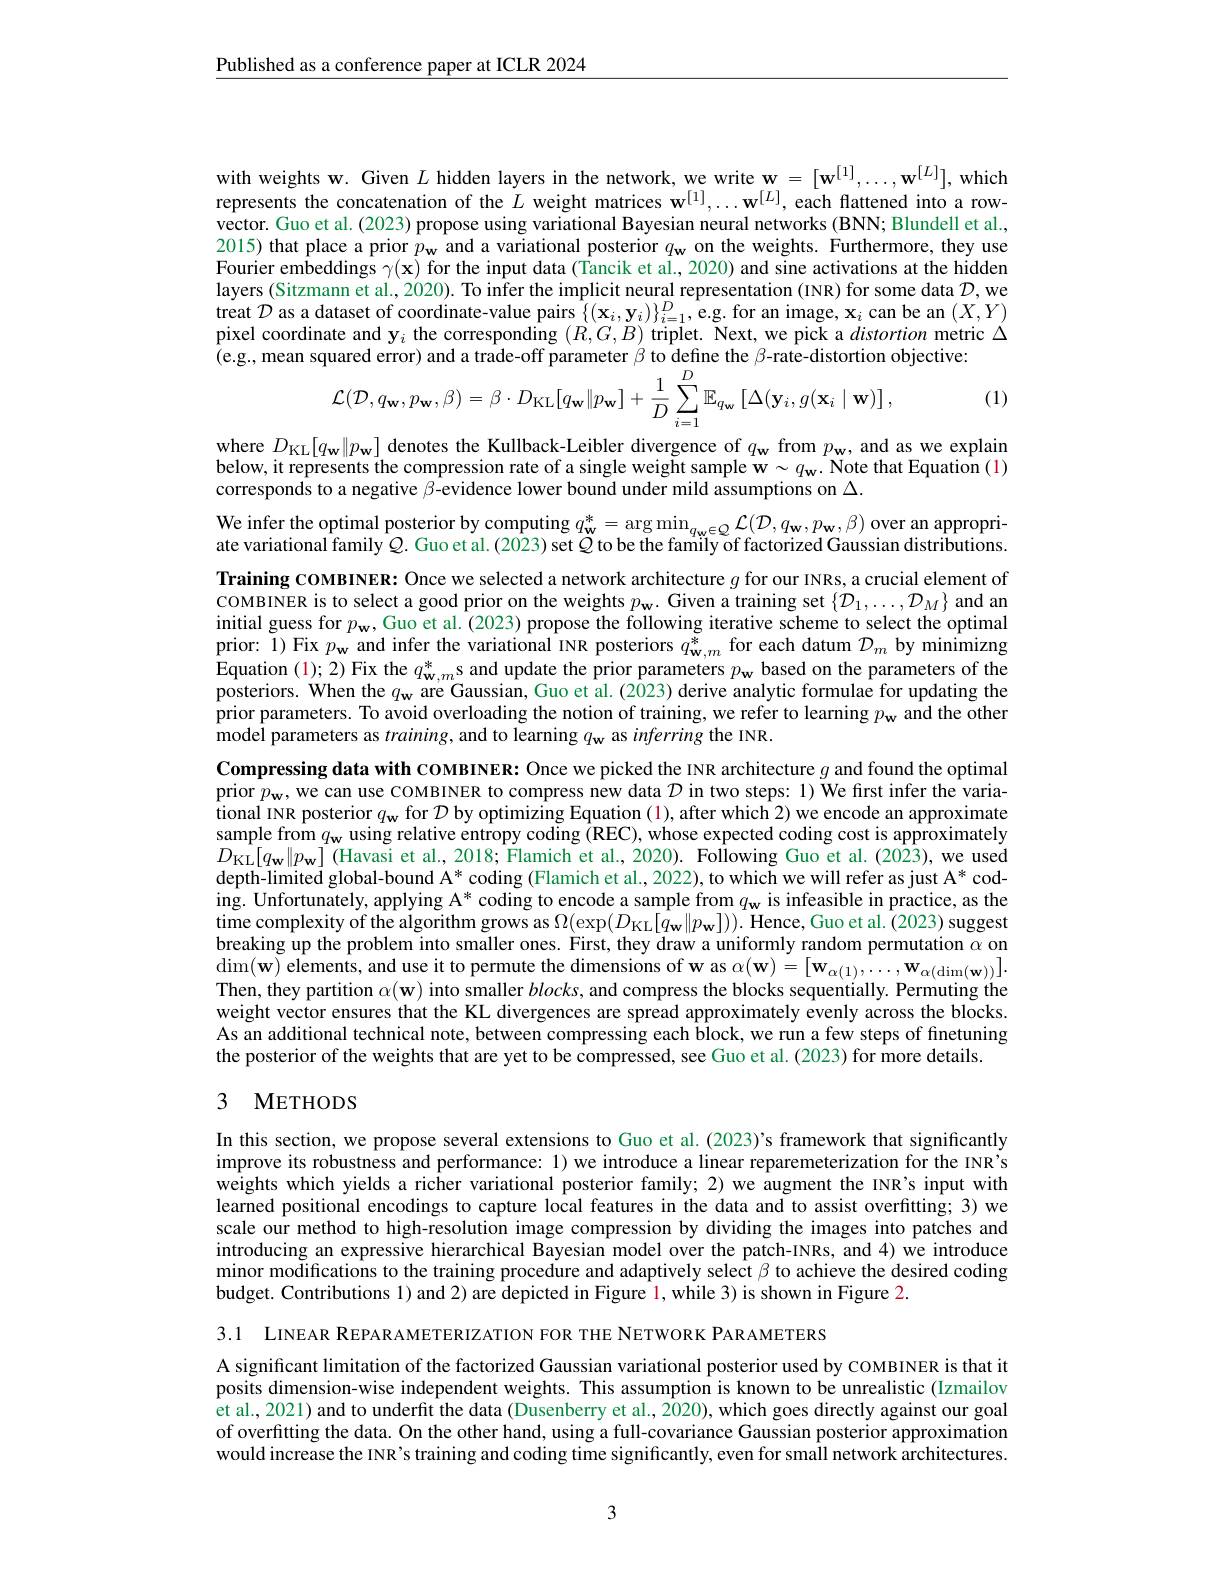
Published as a conference paper at ICLR 2024

with weights w. Given $L$ hidden layers in the network, we write $\mathbf{w}=[\mathbf{w}^{[1]},\ldots,\mathbf{w}^{[L]}]$, which represents the concatenation of the $L$ weight matrices w$^{[1]},\ldots\mathbf{w}^{[L]}$, each flattened into a rowvector. Guo et al. (2023) propose using variational Bayesian neural networks (BNN; Blundell et al., 2015) that place a prior $p_\mathbf{w}$ and a variational posterior $q_\mathbf{w}$ on the weights. Furthermore, they use Fourier embeddings $\gamma(\mathbf{x})$ for the input data (Tancik et al, 2020) and sine activations at the hidden layers (Sitzmann et al., 2020). To infer the implicit neural representation (INR) for some data $\mathcal{D}$,we treat $\mathcal{D}$ as a dataset of coordinate-value pairs $\{(\mathbf{x}_i,\mathbf{y}_i)\}_{i=1}^D$,e.g.for an image, $\mathbf{x}_i$ can be an $(X,Y)$ pixel coordinate and $\mathbf{y}_i$ the corresponding $(R,G,B)$ triplet. Next, we pick a distortion metric $\Delta$ (e.g., mean squared error) and a trade-off parameter $\beta$ to define the $\beta$-rate-distortion objective:
$$\mathcal{L}(\mathcal{D},q_{\mathbf{w}},p_{\mathbf{w}},\beta)=\beta\cdot D_{\mathrm{KL}}[q_{\mathbf{w}}\|p_{\mathbf{w}}]+\frac{1}{D}\sum_{i=1}^{D}\mathbb{E}_{q_{\mathbf{w}}}\left[\Delta(\mathbf{y}_{i},g(\mathbf{x}_{i}\mid\mathbf{w})\right],$$
(1)

where $D_{\mathrm{KL}}[q_{\mathrm{w}}\|p_{\mathrm{w}}]$ denotes the Kullback-Leibler divergence of $q_{\mathrm{w}}$ from $p_{\mathrm{w}}$, and as we explain below, it represents the compression rate of a single weight sample w $\sim q_\mathbf{w}.$ Note that Equation (1) corresponds to a negative $\beta$-evidence lower bound under mild assumptions on $\Delta.$

We infer the optimal posterior by computing $q_\mathbf{w}^*=\arg\min_{q_\mathbf{w}\in Q}\mathcal{L}(\mathcal{D},q_\mathbf{w},p_\mathbf{w},\beta)$ over an appropriate variational family $Q$. Guo et al. (2023) set $Q$ to be the family of factorized Gaussian distributions Training COMBINER: Once we selected a network architecture $g$ for our INRs, a crucial element of COMBINER is to select a good prior on the weights $p_\mathbf{w}.$ Given a training set $\{\mathcal{D}_1,\ldots,\mathcal{D}_M\}$ and am initial guess for $p_\mathbf{w}$, Guo et al. (2023) propose the following iterative scheme to select the optimal prior: 1) Fix $p_\mathbf{w}$ and infer the variational INR posteriors $q_\mathbf{w}^{*}$ for each datum $\mathcal{D}_m$ by minimizng Equation (1);2) Fix the $q_\mathbf{w}^*$s and update the prior parameters $p_\mathbf{w}$ based on the parameters of the posteriors. When the $q_\mathbf{w}$ are Gaussian, Guo et al.(2023) derive analytic formulae for updating the prior parameters. To avoid overloading the notion of training, we refer to learning $p_\mathbf{w}$ and the other model parameters as $training$, and to learning $q_\mathbf{w}$ as inferring the INR.
Compressing data with COMBINER: Once we picked the INR architecture $g$ and found the optimal prior $p_\mathbf{w}$, we can use CoMBINER to compress new data $\mathcal{D}$ in two steps: 1) We first infer the variational INR posterior $q_\mathbf{w}$ for $\mathcal{D}$ by optimizing Equation (1), after which 2) we encode an approximate sample from $q_\mathbf{w}$ using relative entropy coding (REC), whose expected coding cost is approximately $D_{\mathrm{KL}}[q_{\mathbf{w}}\|p_{\mathbf{w}}]$ (Havasi et al., 2018; Flamich et al., 2020). Following Guo et al. (2023), we used depth-limited global-bound A* coding (Flamich et al., 2022), to which we will refer as just A* coding. Unfortunately, applying A* coding to encode a sample from $q_\mathrm{w}$ is infeasible in practice, as the time complexity of the algorithm grows as $\Omega(\exp(D_{\mathrm{KL}}[\hat{q_{\mathbf{w}}}\|p_{\mathbf{w}}])).$ Hence, Guo et al. (2023) suggest breaking up the problem into smaller ones. First, they draw a uniformly random permutation $\alpha$ on $\dim(\mathbf{w})$ elements, and use it to permute the dimensions of w as $\alpha(\mathbf{w})=[\mathbf{w}_{\alpha(1)},\ldots,\mathbf{w}_{\alpha(\dim(\mathbf{w}))}].$ Then, they partition $\alpha(\mathbf{w})$ into smaller $blocks$, and compress the blocks sequentially. Permuting the weight vector ensures that the KL divergences are spread approximately evenly across the blocks As an additional technical note, between compressing each block, we run a few steps of finetuning the posterior of the weights that are yet to be compressed, see Guo et al. (2023) for more details.

### 3 METHODS

In this section, we propose several extensions to Guo et al.(2023)'s framework that significantly improve its robustness and performance: 1) we introduce a linear reparemeterization for the INR's weights which yields a richer variational posterior family; 2) we augment the INR's input with learned positional encodings to capture local features in the data and to assist overfitting; 3) we scale our method to high-resolution image compression by dividing the images into patches and introducing an expressive hierarchical Bayesian model over the patch-INRs, and 4) we introduce minor modifications to the training procedure and adaptively select $\beta$ to achieve the desired coding budget. Contributions 1) and 2) are depicted in Figure 1, while 3) is shown in Figure 2.

3.1 LINEAR REPARAMETERIZATION FOR THE NETWORK PARAMETERS

A significant limitation of the factorized Gaussian variational posterior used by COMBINER is that it posits dimension-wise independent weights. This assumption is known to be unrealistic (Izmailov et al., 2021) and to underfit the data (Dusenberry et al., 2020), which goes directly against our goal of overfitting the data. On the other hand, using a full-covariance Gaussian posterior approximation would increase the INR's training and coding time significantly, even for small network architectures.

3